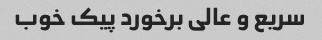
سریع و عالی برخورد پیک خوب